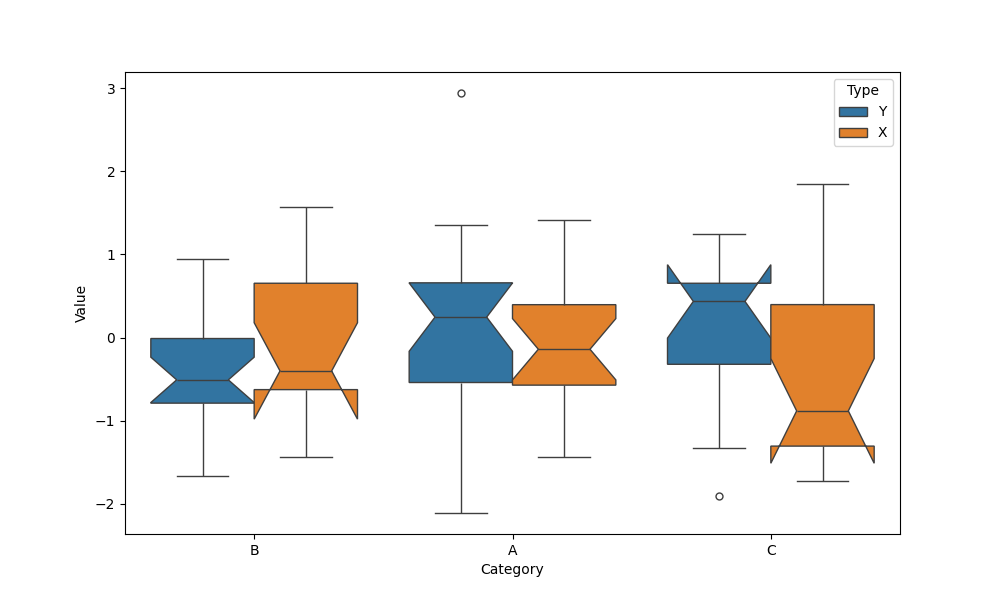
python, seaborn, boxplot, width=0.8, linewidth=1, fliersize=5, notch=True